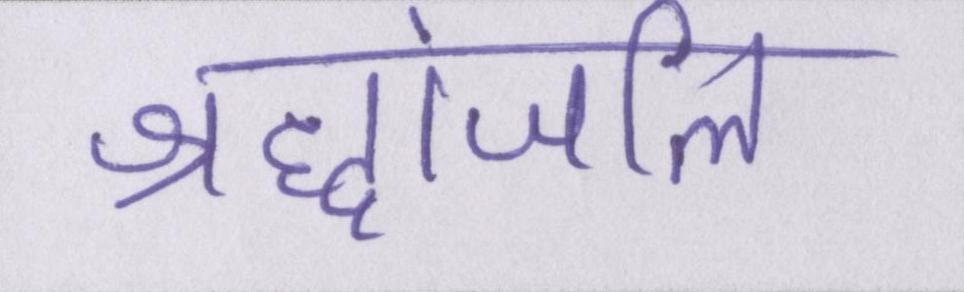
श्रद्धांजलि